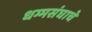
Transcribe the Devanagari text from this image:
धम्मसंघाचे